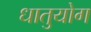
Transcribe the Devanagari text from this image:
धातुयोग